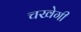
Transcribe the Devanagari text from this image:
चखेगी